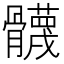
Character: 䯦